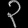
Digit: ၃